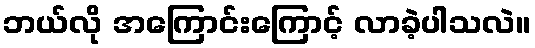
ဘယ်လို အကြောင်းကြောင့် လာခဲ့ပါသလဲ။